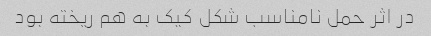
در اثر حمل نامناسب شکل کیک به هم ریخته بود